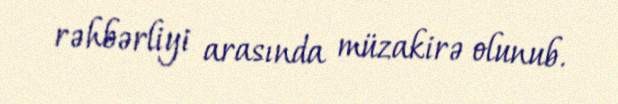
rəhbərliyi arasında müzakirə olunub.